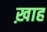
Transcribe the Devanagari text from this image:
ख़ाह